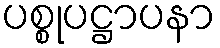
ပစ္စုပဋ္ဌာပနာ